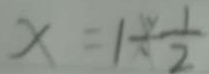
x = 1 \div \frac { 1 } { 2 }